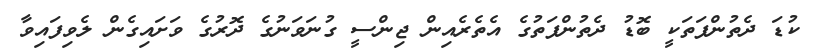
ކުޑަ ދެތުންފަތަކީ ބޮޑު ދެތުންފަތުގެ އެތެރެއިން ޖިންސީ ގުނަވަނުގެ ދޮރުގެ ވަށައިގެން ލެވިފައިވާ